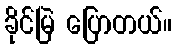
ခိုင်မြဲ ပြောတယ်။